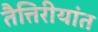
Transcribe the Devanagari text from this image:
तैत्तिरीयांत